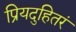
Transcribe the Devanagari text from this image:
प्रियदुहितरं